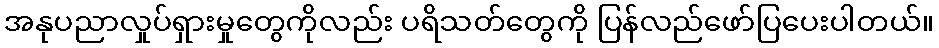
အနုပညာလှုပ်ရှားမှုတွေကိုလည်း ပရိသတ်တွေကို ပြန်လည်ဖော်ပြပေးပါတယ်။